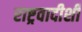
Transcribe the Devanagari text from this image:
राष्ट्रवादीशी